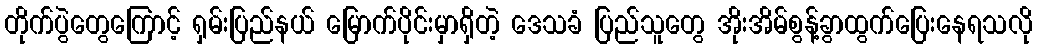
တိုက်ပွဲတွေကြောင့် ရှမ်းပြည်နယ် မြောက်ပိုင်းမှာရှိတဲ့ ဒေသခံ ပြည်သူတွေ အိုးအိမ်စွန့်ခွာထွက်ပြေးနေရသလို